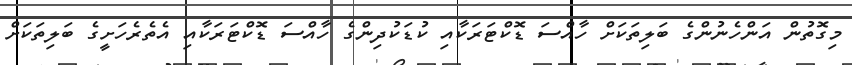
މިގޮތުން އަންހެނުންގެ ބަލިތަކަށް ހާއްސަ ޑޮކްޓަރަކާއި ކުޑަކުދިންގެ ހާއްސަ ޑޮކްޓަރަކާއި އެތެރެހަށީގެ ބަލިތަކަށް